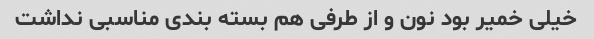
خیلی خمیر بود نون و از طرفی هم بسته بندی مناسبی نداشت